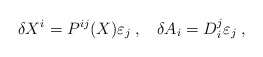
\begin{align*}\delta X^{i}=P^{ij}(X)\varepsilon_{j}\;,\;\;\;\delta A_{ i}=D_{i}^{j}\varepsilon_{j}\;,\end{align*}